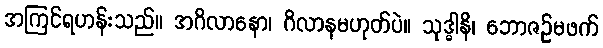
အကြင်ရဟန်းသည်။ အဂိလာနော၊ ဂိလာနမဟုတ်ပဲ။ သုဒ္ဓါနိ၊ ဘောဇဉ်မဖက်